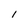
Character: l